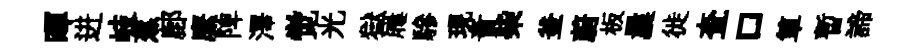
暉进岐蕉鄜縻陴澤觉光獄屨驂現責柴釜蔚板曩徙查口箪暫諦